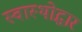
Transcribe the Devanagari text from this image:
स्वास्थोद्धार